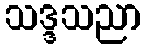
သဒ္ဒသညာ